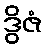
ဒွိဇံ